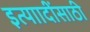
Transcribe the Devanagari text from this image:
इत्याादींसाठी